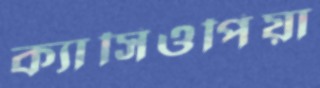
ক্যাসিওপিয়া